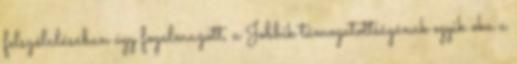
felszólalásában úgy fogalmazott, a Jobbik támogatottságának egyik oka a